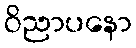
ဝိညာပနော